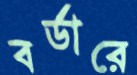
বর্ডারে